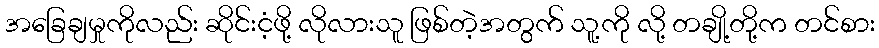
အခြေချမှုကိုလည်း ဆိုင်းငံ့ဖို့ လိုလားသူ ဖြစ်တဲ့အတွက် သူ့ကို လို့ တချို့တို့က တင်စား